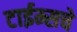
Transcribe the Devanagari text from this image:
टाईम्सचे